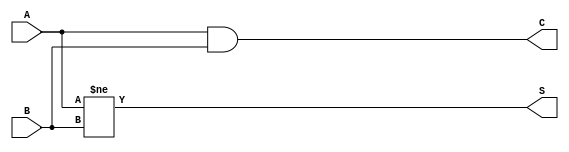
module threshold_half_adder (
    input wire A,   // First binary input
    input wire B,   // Second binary input
    output wire S,  // Sum output
    output wire C   // Carry output
);

    // Logic for Sum output (S)
    assign S = (A != B); // S is 1 if A and B are different (XOR)

    // Logic for Carry output (C)
    assign C = A & B; // C is 1 if both A and B are 1 (AND)

endmodule